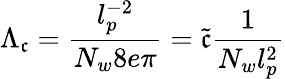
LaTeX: \Lambda_{\mathfrak{c}}=\frac{{l_{p}^{-2}}}{{N_{w}8e\pi}}=\tilde{{\mathfrak{c}}}\frac{{1}}{{N_{w}l_{p}^{2}}}